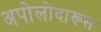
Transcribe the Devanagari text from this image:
अपोलोदारूस